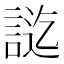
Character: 𮘔